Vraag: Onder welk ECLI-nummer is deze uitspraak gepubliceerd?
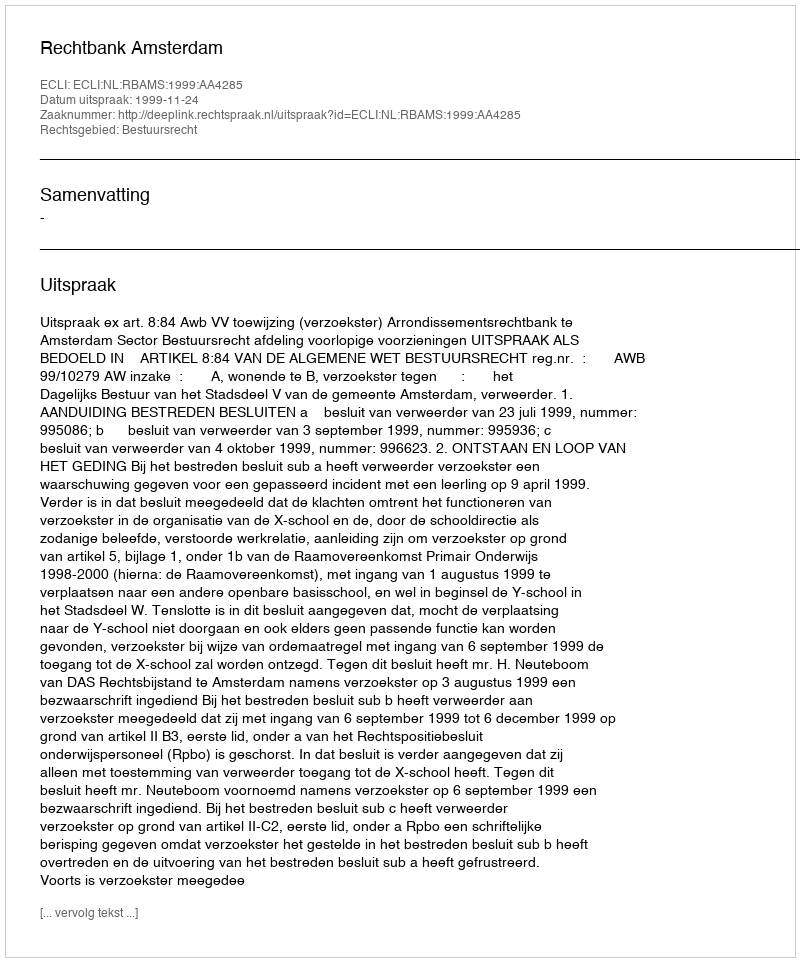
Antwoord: ECLI:NL:RBAMS:1999:AA4285